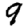
Digit: 9